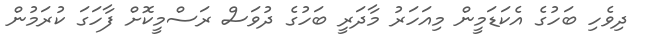
ދިވެހި ބަހުގެ އެކަޑަމީން މިއަހަރު މާދަރީ ބަހުގެ ދުވަސް ރަސްމީކޮށް ފާހަގަ ކުރަމުން